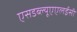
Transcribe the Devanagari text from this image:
एसडब्ल्यूएएलईसी